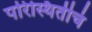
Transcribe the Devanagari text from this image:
परिस्थितीचं